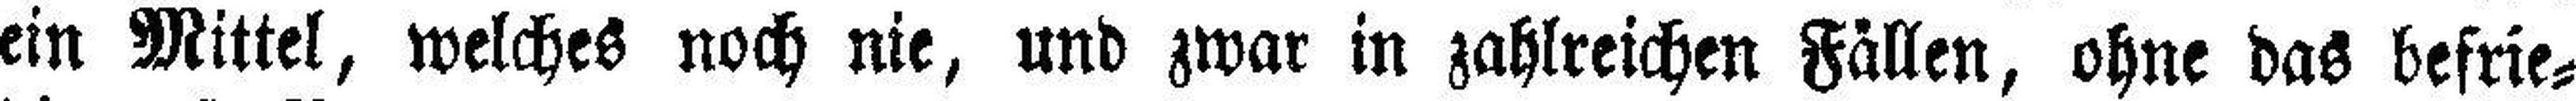
ein Mittel, welches noch nie, und zwar in zahlreichen Fällen, ohne das befrie¬